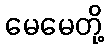
မေမေတို့